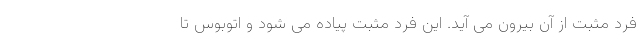
فرد مثبت از آن بیرون می آید. این فرد مثبت پیاده می شود و اتوبوس تا